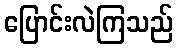
ပြောင်းလဲကြသည်